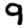
Digit: 9